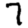
Digit: 7